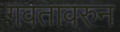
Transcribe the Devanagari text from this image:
गवतावरुन